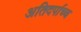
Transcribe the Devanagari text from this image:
अतिदर्पाच्च